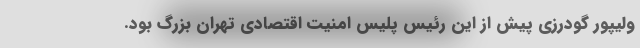
ولیپور گودرزی پیش از این رئیس پلیس امنیت اقتصادی تهران بزرگ بود.